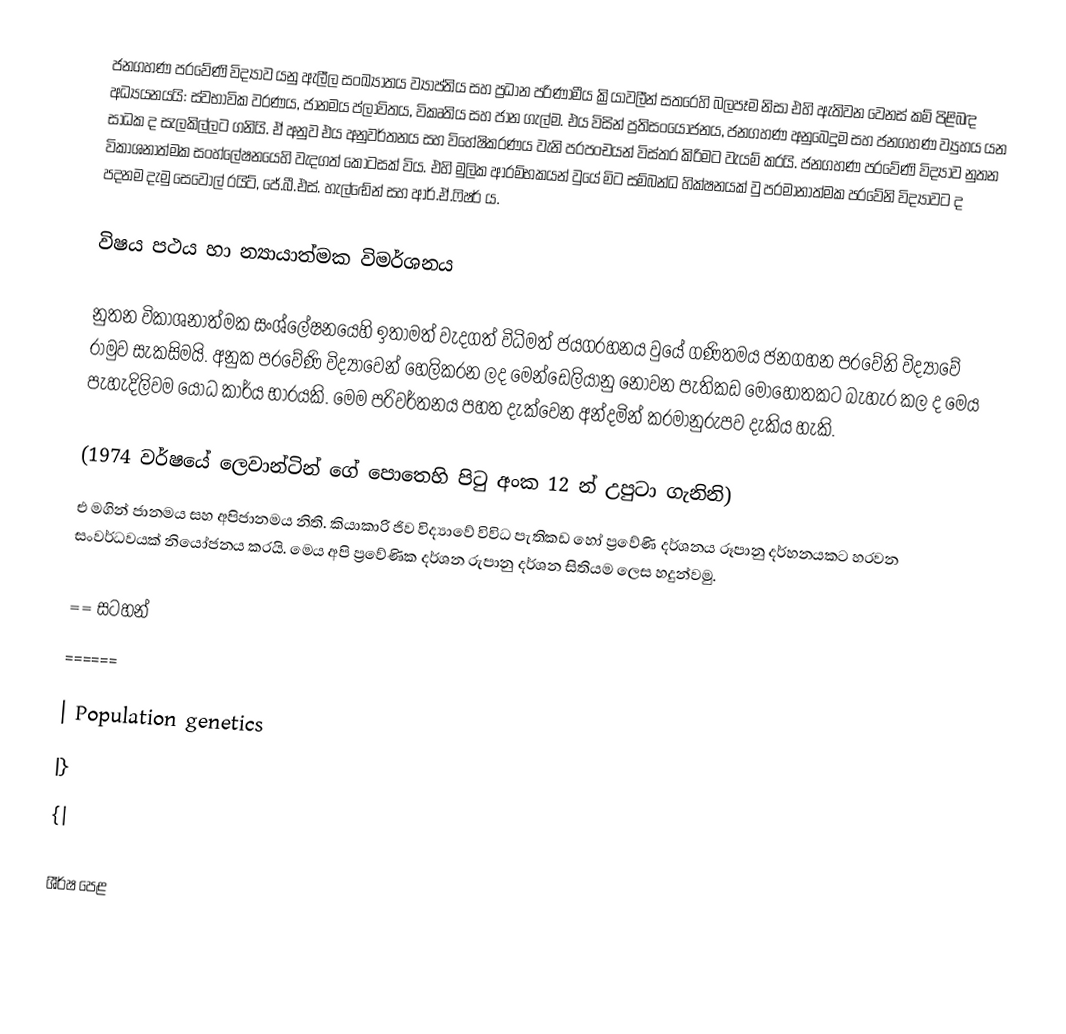
ජනගහණ ප‍්‍රවේණි විද්‍යාව  යනු ඇලීල සංඛ්‍යාතය ව්‍යාප්තිය සහ ප්‍රධාන පරිණාමීය ක්‍රියාවලීන් සතරෙහි බලපෑම නිසා එහි ඇතිවන වෙනස් කම් පිළිබඳ අධ්‍යයනයයි: ස්වභාවික වරණය, ජානමය ප්ලාවිතය, විකෘතිය සහ ජාන ගැල්ම.  එය විසින් ප්‍රතිසංයෝජනය, ජනගහණ අනුබෙදුම සහ ජනගහණ ව්‍යුහය යන සාධක ද සැලකිල්ලට ගනියි. ඒ අනුව එය අනුවර්තනය සහ විහේෂිකරණය වැනි ප‍්‍රපංචයන් විස්තර කිරිමට වැයම් කරයි. ජනගහණ ප‍්‍රවේණි විද්‍යාව නුතන විකාශනාත්මක සංහ්ලේෂනයෙහි වැදගත් කොටසක් විය. එහි මුලික ආරම්භකයන් වුයේ මිට සම්බන්ධ හික්ෂනයක් වු ප‍්‍රමානාත්මක ප‍්‍රවේනි විද්‍යාවට ද පදනම දැමු සෙවෝල් රයිට්, ජේ.බී.එස්. හැල්ඬේන් සහ ආර්.ඒ.ෆිෂර් ය.

විෂය පථය හා න්‍යායාත්මක විමර්ශනය

	නුතන විකාශනාත්මක සංශ්ලේෂනයෙහි ඉතාමත් වැදගත් විධිමත් ජයග‍්‍රහනය වුයේ ගණිතමය ජනගහන ප‍්‍රවේනි විද්‍යාවේ රාමුව සැකසිමයි. අනුක ප‍්‍රවේණි විද්‍යාවෙන් හෙලිකරන ලද මෙන්ඩෙලියානු නොවන පැතිකඩ මොහොතකට බැහැර කල ද මෙය පැහැදිලිවම යෝධ කාර්ය භාරයකි. මෙම පරිවර්තනය පහත දැක්වෙන අන්දමින් ක‍්‍රමානුරුපව දැකිය හැකි.

(1974 වර්ෂයේ ලෙවාන්ටින් ගේ පොතෙහි පිටු අංක 12 න්  උපුටා ගැනිනි)
එ මගින් ජානමය සහ අපිජානමය නිති. කියාකාරි ජිව විද්‍යාවේ විවිධ පැතිකඩ හෝ ප්‍රවේණි දර්ශනය රූපානු දර්හනයකට හරවන සංවර්ධවයක් නියෝජනය කරයි. මෙය අපි ප්‍රවේණික දර්ශන රුපානු දර්ශන සිතියම ලෙස හදුන්වමු.

== සටහන්
======

| Population genetics
|}
{|

ශීර්ෂ පෙළ